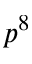
p ^ { 8 }